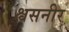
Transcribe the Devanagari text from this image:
श्वसनीर